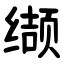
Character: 缬